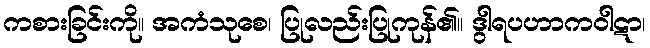
ကစားခြင်းကို။ အကံသုစေ၊ ပြုလည်းပြုကုန်၏။ ဒွါရပဟာကဝါဋာ၊